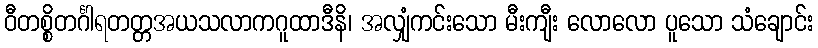
ဝီတစ္စိတင်္ဂါရတတ္တအယသလာကဂူထာဒီနိ၊ အလျှံကင်းသော မီးကျီး လောလော ပူသော သံချောင်း